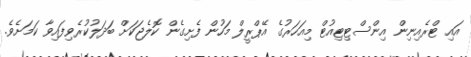
އައި ޓްރެއިނިން އިންސްޓިޓިއުޓް މިއަހަރުގެ އޭޕްރީލް މަހުން ފެށިގެން ކޮލެޖަކަށް ބަދަލުކުރެވިފައިވާ ކަމަށެވެ.